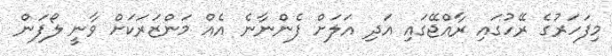
މިފަހަރުގެ ރޭހުގައި ރާއްޖޭގައި އަދި އަލަށް ފެންނާނެ އެއް މަންޒަރަކަށް ވާނީ ލޯފަން